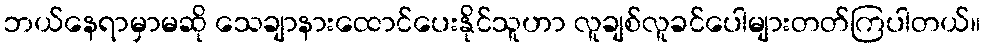
ဘယ်နေရာမှာမဆို သေချာနားထောင်ပေးနိုင်သူဟာ လူချစ်လူခင်ပေါများတတ်ကြပါတယ်။